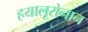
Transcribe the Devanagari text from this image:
हयालूरोनान